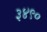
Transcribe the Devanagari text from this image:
३४९०